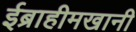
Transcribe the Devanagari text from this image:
ईब्राहीमखानी